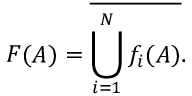
F ( A ) = { \overline { { \bigcup _ { i = 1 } ^ { N } f _ { i } ( A ) } } } .